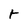
Character: r